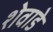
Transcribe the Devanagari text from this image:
शेवाडे